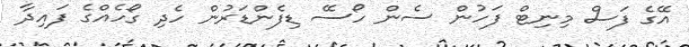
އޭގެ ފަސް މިނިޓް ފަހުން ސެން ހޯސޭ ޑިފެންޑަރުން ހެދި ގޯހެއްގެ ފައިދާ